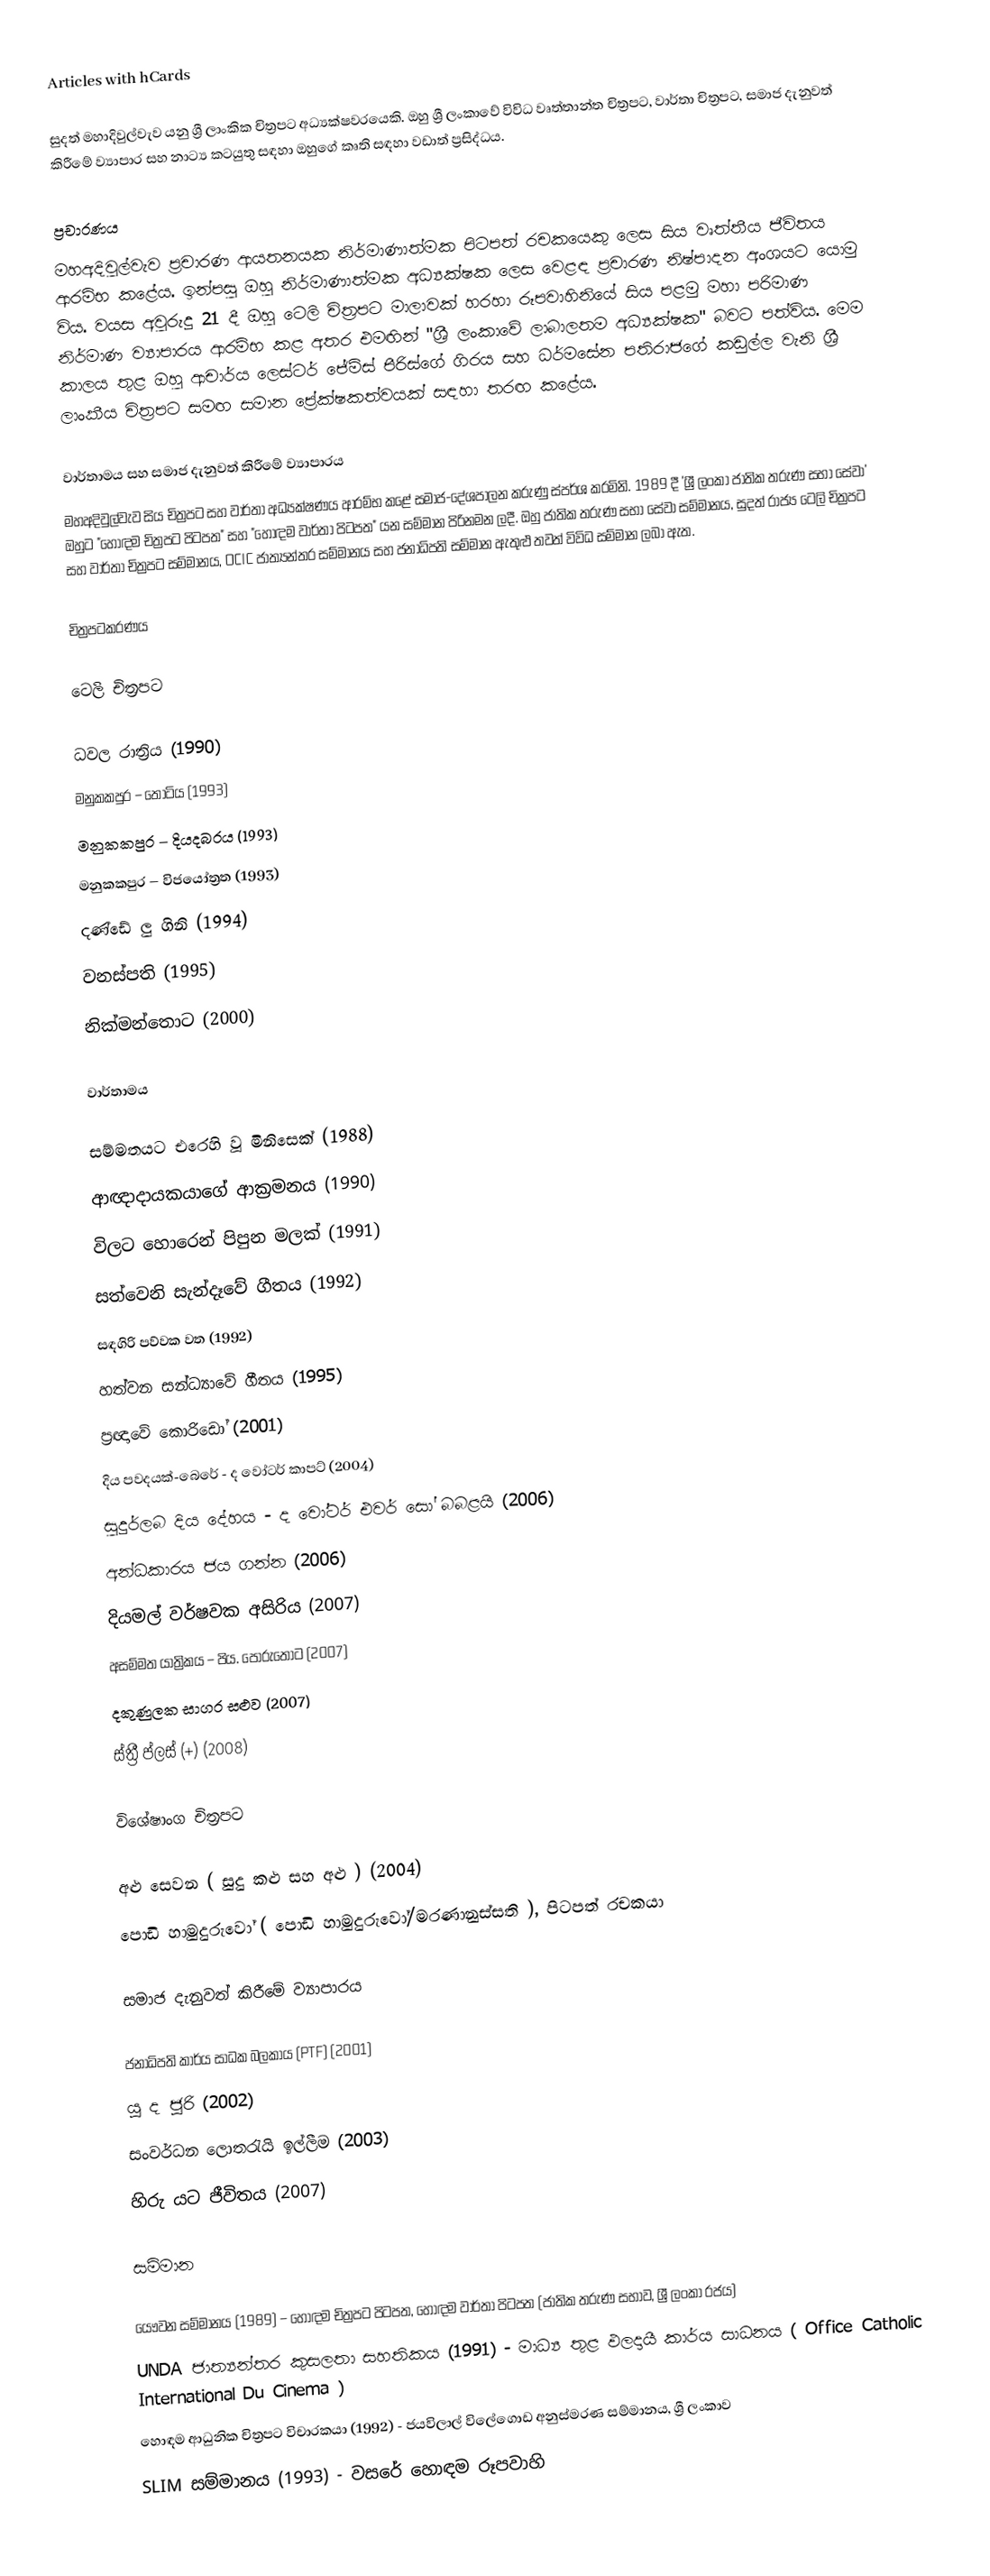
Articles with hCards

සුදත් මහාදිවුල්වැව යනු ශ්‍රී ලාංකික චිත්‍රපට අධ්‍යක්ෂවරයෙකි. ඔහු ශ්‍රී ලංකාවේ විවිධ වෘත්තාන්ත චිත්‍රපට, වාර්තා චිත්‍රපට, සමාජ දැනුවත් කිරීමේ ව්‍යාපාර සහ නාට්‍ය කටයුතු සඳහා ඔහුගේ කෘති සඳහා වඩාත් ප්‍රසිද්ධය.

ප්‍රචාරණය
මහඅදිවුල්වැව ප්‍රචාරණ ආයතනයක නිර්මාණාත්මක පිටපත් රචකයෙකු ලෙස සිය වෘත්තීය ජීවිතය ආරම්භ කළේය. ඉන්පසු ඔහු නිර්මාණාත්මක අධ්‍යක්ෂක ලෙස වෙළඳ ප්‍රචාරණ නිෂ්පාදන අංශයට යොමු විය.  වයස අවුරුදු 21 දී ඔහු ටෙලි චිත්‍රපට මාලාවක් හරහා රූපවාහිනියේ සිය පළමු මහා පරිමාණ නිර්මාණ ව්‍යාපාරය ආරම්භ කළ අතර එමඟින් "ශ්‍රී ලංකාවේ ලාබාලතම අධ්‍යක්ෂක" බවට පත්විය. මෙම කාලය තුළ ඔහු ආචාර්ය ලෙස්ටර් ජේම්ස් පීරිස්ගේ ගිරය සහ ධර්මසේන පතිරාජගේ කඩුල්ල වැනි ශ්‍රී ලාංකීය චිත්‍රපට සමඟ සමාන ප්‍රේක්ෂකත්වයක් සඳහා තරඟ කළේය.

වාර්තාමය සහ සමාජ දැනුවත් කිරීමේ ව්‍යාපාරය
මහඅදිවුල්වැව සිය චිත්‍රපට සහ වාර්තා අධ්‍යක්ෂණය ආරම්භ කළේ සමාජ-දේශපාලන කරුණු ස්පර්ශ කරමිනි. 1989 දී 'ශ්‍රී ලංකා ජාතික තරුණ සභා සේවා' ඔහුට "හොඳම චිත්‍රපට පිටපත" සහ "හොඳම වාර්තා පිටපත" යන සම්මාන පිරිනමන ලදී. ඔහු ජාතික තරුණ සභා සේවා සම්මානය, සුදත් රාජ්‍ය ටෙලි චිත්‍රපට සහ වාර්තා චිත්‍රපට සම්මානය, OCIC ජාත්‍යන්තර සම්මානය සහ ජනාධිපති සම්මාන ඇතුළු තවත් විවිධ සම්මාන ලබා ඇත.

චිත්‍රපටකරණය

ටෙලි චිත්‍රපට

 ධවල රාත්‍රිය (1990)
 මනුකකපුර – තොටිය (1993)
 මනුකකපුර – දියදබරය (1993)
 මනුකකපුර – විජයෝත්‍රත (1993)
 දණ්ඩේ ලු ගිනි (1994)
 වනස්පති (1995)
 නික්මන්තොට (2000)

වාර්තාමය

 සම්මතයට එරෙහි වූ මිනිසෙක් (1988)
 ආඥාදායකයාගේ ආක්‍රමනය (1990)
 විලට හොරෙන් පිපුන මලක් (1991)
 සත්වෙනි සැන්දෑවේ ගීතය (1992)
 සඳගිරි පව්වක වත (1992)
 හත්වන සන්ධ්‍යාවේ ගීතය (1995)
 ප්‍රඥාවේ කොරිඩෝ (2001)
 දිය පවදයක්-බෙරේ - ද වෝටර් කාපට් (2004)
 සුදුර්ලබ දිය දේහය - ද වෝටර් එවර් සෝ බබළයි (2006)
 අන්ධකාරය ජය ගන්න (2006)
 දියමල් වර්ෂවක අසිරිය (2007)
 අසම්මත යාත්‍රිකය – පිය. පෝරුතොට (2007)
 දකුණුලක සාගර සළුව (2007)
 ස්ත්‍රී ප්ලස් (+) (2008)

විශේෂාංග චිත්‍රපට

 අළු සෙවන ( සුදු කළු සහ අළු ) (2004)
 පොඩි හාමුදුරුවෝ ( පොඩි හාමුදුරුවෝ/මරණානුස්සති ), පිටපත් රචකයා

සමාජ දැනුවත් කිරීමේ ව්‍යාපාරය

 ජනාධිපති කාර්ය සාධක බලකාය (PTF) (2001)
 යූ ද ජූරි (2002)
 සංවර්ධන ලොතරැයි ඉල්ලීම (2003)
 හිරු යට ජීවිතය (2007)

සම්මාන

 යෞවන සම්මානය (1989) – හොඳම චිත්‍රපට පිටපත, හොඳම වාර්තා පිටපත (ජාතික තරුණ සභාව, ශ්‍රී ලංකා රජය)
 UNDA ජාත්‍යන්තර කුසලතා සහතිකය (1991) - මාධ්‍ය තුළ ඵලදායී කාර්ය සාධනය ( Office Catholic International Du Cinema )
 හොඳම ආධුනික චිත්‍රපට විචාරකයා (1992) - ජයවිලාල් විලේගොඩ අනුස්මරණ සම්මානය, ශ්‍රී ලංකාව
 SLIM සම්මානය (1993) - වසරේ හොඳම රූපවාහි